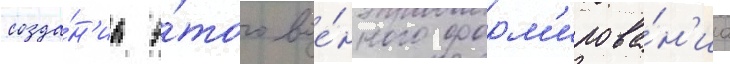
созда́н'иа э́того вое́нного форм'ирова́н'иа